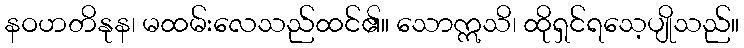
နဝဟတိနုန၊ မထမ်းလေသည်ထင်၏။ သောဣသိ၊ ထိုရှင်ရသေ့ပျိုသည်။